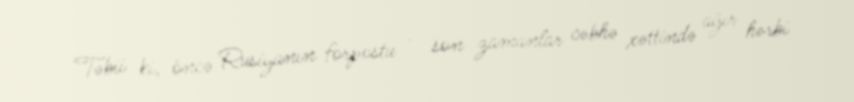
Təbii ki, öncə Rusiyanın forpostu - son zamanlar cəbhə xəttində ağır hərbi